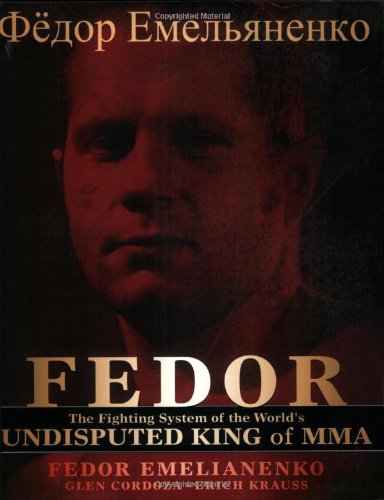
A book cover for Fedor: The Fighting System of the World's Undisputed King of MMA; Fedor Emelianenko; Sports & Outdoors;